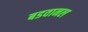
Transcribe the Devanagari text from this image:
बडवानल